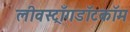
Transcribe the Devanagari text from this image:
लीवस्ट्राँगडॉटकॉम